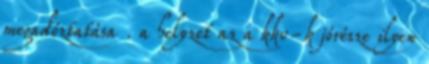
megadóztatása . a helyzet az a kkv-k jórésze ilyen